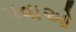
પવાઓ